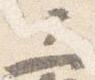
三